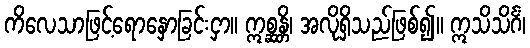
ကိလေသာဖြင့်ရောနှောခြင်းငှာ။ ဣစ္ဆန္တိ၊ အလိုရှိသည်ဖြစ်၍။ ဣသိသိင်္ဂံ၊